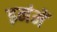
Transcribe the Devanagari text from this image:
इनंमें